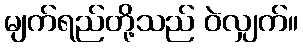
မျက်ရည်တို့သည် ဝဲလျှက်။